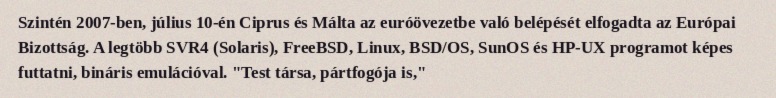
Szintén 2007-ben, július 10-én Ciprus és Málta az euróövezetbe való belépését elfogadta az Európai Bizottság. A legtöbb SVR4 (Solaris), FreeBSD, Linux, BSD/OS, SunOS és HP-UX programot képes futtatni, bináris emulációval. "Test társa, pártfogója is,"